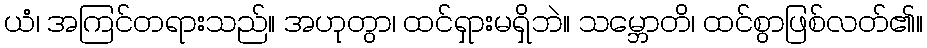
ယံ၊ အကြင်တရားသည်။ အဟုတွာ၊ ထင်ရှားမရှိဘဲ။ သမ္ဘောတိ၊ ထင်စွာဖြစ်လတ်၏။